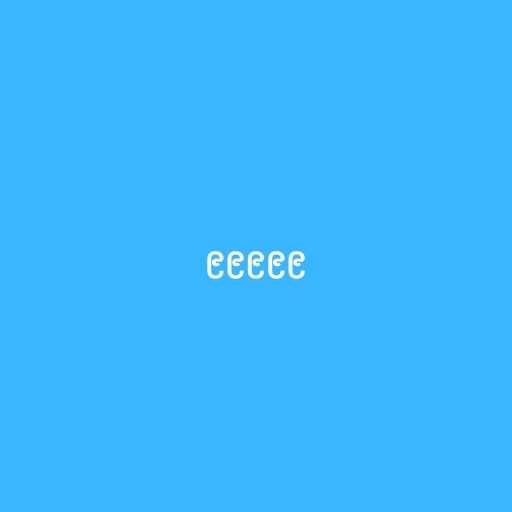
၉၉၉၉၉